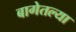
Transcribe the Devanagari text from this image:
बागेतल्या